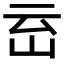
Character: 𱛈